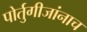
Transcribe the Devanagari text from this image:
पोर्तुगीजांनाच